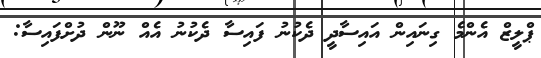
ޕްލީޒް އެންމެ ގިނައިން އަައިސާދީ ދެކުނު ފައިސާ ދެކުނު އެއް ނޫން ދުށްފައިސާ: